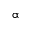
\boldsymbol { \upalpha }